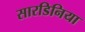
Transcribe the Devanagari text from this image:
सारडिनिया